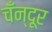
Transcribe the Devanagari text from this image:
चँन्दूर